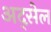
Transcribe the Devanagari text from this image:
अद्सेल